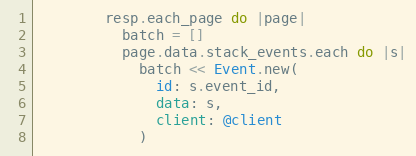
Language: Ruby
        resp.each_page do |page|
          batch = []
          page.data.stack_events.each do |s|
            batch << Event.new(
              id: s.event_id,
              data: s,
              client: @client
            )